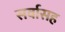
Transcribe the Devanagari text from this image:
सर्वासह